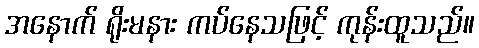
အနောက် ရိုးမနား ကပ်နေသဖြင့် ကုန်းထူသည်။